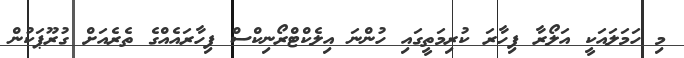
މި ހަމަލައަކީ އަލޯރާ ފިހާރަ ކުރިމަތީގައި ހުންނަ އިލެކްޓްރޯނިކްސް ފިހާރައެއްގެ ތެރެއަށް ގުރޫޕަކުން